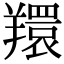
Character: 𦏖